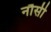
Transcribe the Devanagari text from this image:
नौसी